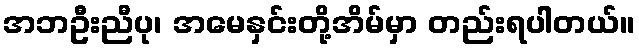
အဘဦးညီပု၊ အမေနှင်းတို့အိမ်မှာ တည်းရပါတယ်။